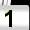
Digit: 1